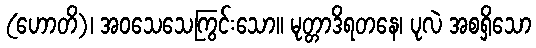
(ဟောတိ)၊ အဝသေသေကြွင်းသော။ မုတ္တာဒိရတနေ၊ ပုလဲ အစရှိသော